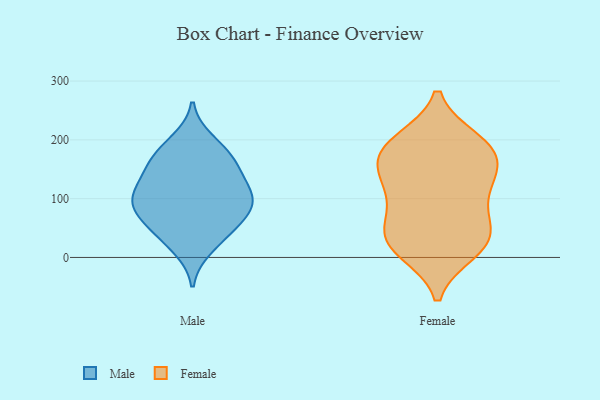
{"axis": {"x": "Humidity (%)", "y": "Value"}, "legend": ["Female", "Male"], "data": [{"x": "", "y": 50, "type": "Male"}, {"x": "", "y": 198, "type": "Male"}, {"x": "", "y": 87, "type": "Male"}, {"x": "", "y": 97, "type": "Male"}, {"x": "", "y": 170, "type": "Male"}, {"x": "", "y": 65, "type": "Male"}, {"x": "", "y": 16, "type": "Male"}, {"x": "", "y": 135, "type": "Male"}, {"x": "", "y": 89, "type": "Male"}, {"x": "", "y": 130, "type": "Male"}, {"x": "", "y": 95, "type": "Male"}, {"x": "", "y": 40, "type": "Male"}, {"x": "", "y": 108, "type": "Male"}, {"x": "", "y": 158, "type": "Male"}, {"x": "", "y": 175, "type": "Male"}, {"x": "", "y": 103, "type": "Female"}, {"x": "", "y": 119, "type": "Female"}, {"x": "", "y": 161, "type": "Female"}, {"x": "", "y": 24, "type": "Female"}, {"x": "", "y": 199, "type": "Female"}, {"x": "", "y": 18, "type": "Female"}, {"x": "", "y": 195, "type": "Female"}, {"x": "", "y": 23, "type": "Female"}, {"x": "", "y": 179, "type": "Female"}, {"x": "", "y": 47, "type": "Female"}, {"x": "", "y": 193, "type": "Female"}, {"x": "", "y": 169, "type": "Female"}, {"x": "", "y": 10, "type": "Female"}, {"x": "", "y": 131, "type": "Female"}, {"x": "", "y": 53, "type": "Female"}, {"x": "", "y": 70, "type": "Female"}, {"x": "", "y": 138, "type": "Female"}]}